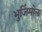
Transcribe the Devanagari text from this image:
भुजिंमोल